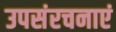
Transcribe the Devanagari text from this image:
उपसंरचनाएं